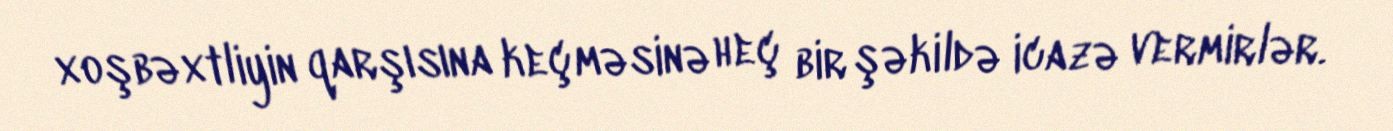
xoşbəxtliyin qarşısına keçməsinə heç bir şəkildə icazə vermirlər.